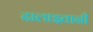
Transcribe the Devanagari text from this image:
ढालाइतानी